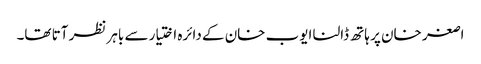
اصغر خان پر ہاتھ ڈالنا ایوب خان کے دائرہ اختیار سے باہر نظر آتا تھا۔